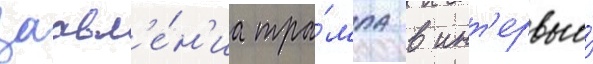
заавл'е́н'иа тра́мпа в инт'ервью́